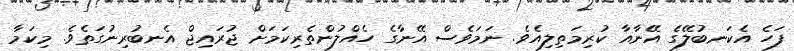
ފަހެ އެކަނބުލޭގެ އޭނާއާ ކުރިމަތިލިއެވެ. ނަމަވެސް އޭނާގެ ހެއްލުންތެރިކަމަށް ޖުރައިޖް އެނބުރިނުގަތެވެ. މިކަމާ